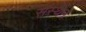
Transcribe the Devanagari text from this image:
संस्थेन